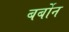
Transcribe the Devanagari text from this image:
बर्बोन